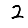
Digit: 2